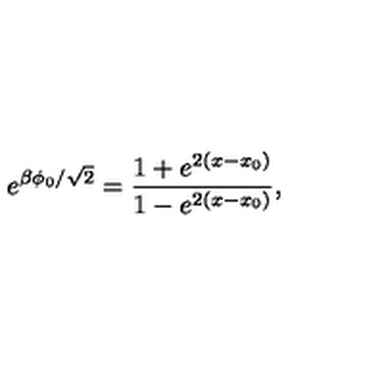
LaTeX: e ^ { \beta \phi _ { 0 } / \sqrt { 2 } } = \frac { 1 + e ^ { 2 ( x - x _ { 0 } ) } } { 1 - e ^ { 2 ( x - x _ { 0 } ) } } ,